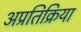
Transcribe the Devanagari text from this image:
अप्रतिक्रिया